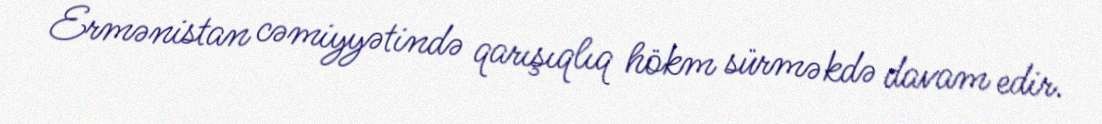
Ermənistan cəmiyyətində qarışıqlıq hökm sürməkdə davam edir.